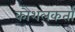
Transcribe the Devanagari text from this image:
कौशलकर्ता